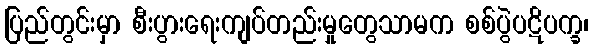
ပြည်တွင်းမှာ စီးပွားရေးကျပ်တည်းမှုတွေသာမက စစ်ပွဲပဋိပက္ခ၊